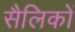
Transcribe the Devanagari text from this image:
सैलिकों